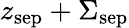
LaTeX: z_{\textrm{sep}}+\Sigma_{\textrm{sep}}